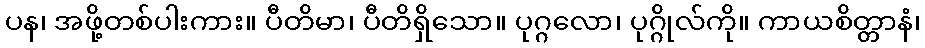
ပန၊ အဖို့တစ်ပါးကား။ ပီတိမာ၊ ပီတိရှိသော။ ပုဂ္ဂလော၊ ပုဂ္ဂိုလ်ကို။ ကာယစိတ္တာနံ၊